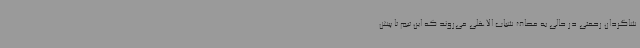
شاگردان رحمتی در حالی به مصاف شباب الاهلی می‌روند که این تیم تا پیش